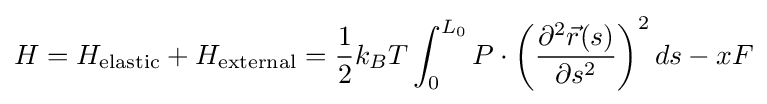
H=H_{\rm {elastic}}+H_{\rm {external}}={\frac {1}{2}}k_{B}T\int _{0}^{L_{0}}P\cdot \left({\frac {\partial ^{2}{\vec {r}}(s)}{\partial s^{2}}}\right)^{2}ds-xF